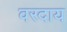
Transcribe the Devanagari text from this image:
वरदाय